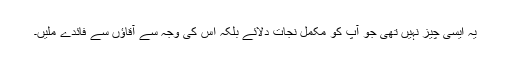
یہ ایسی چیز نہیں تھی جو آپ کو مکمل نجات دلائے بلکہ اس کی وجہ سے آقاؤں سے فائدے ملیں۔